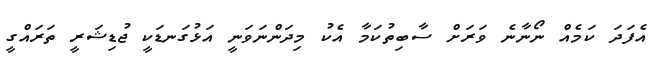
އެފަދަ ކަމެއް ނޯނާނެ ވަރަށް ސާބިތުކަމާ އެކު މިދަންނަވަނީ އަޅުގަނޑަކީ ޖުޑިޝަރީ ތަރައްގީ